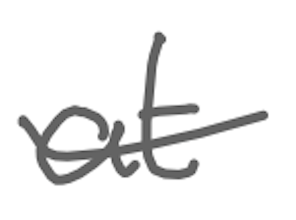
Text: at
Cross-out: single-line
Writing tool: digital_gray